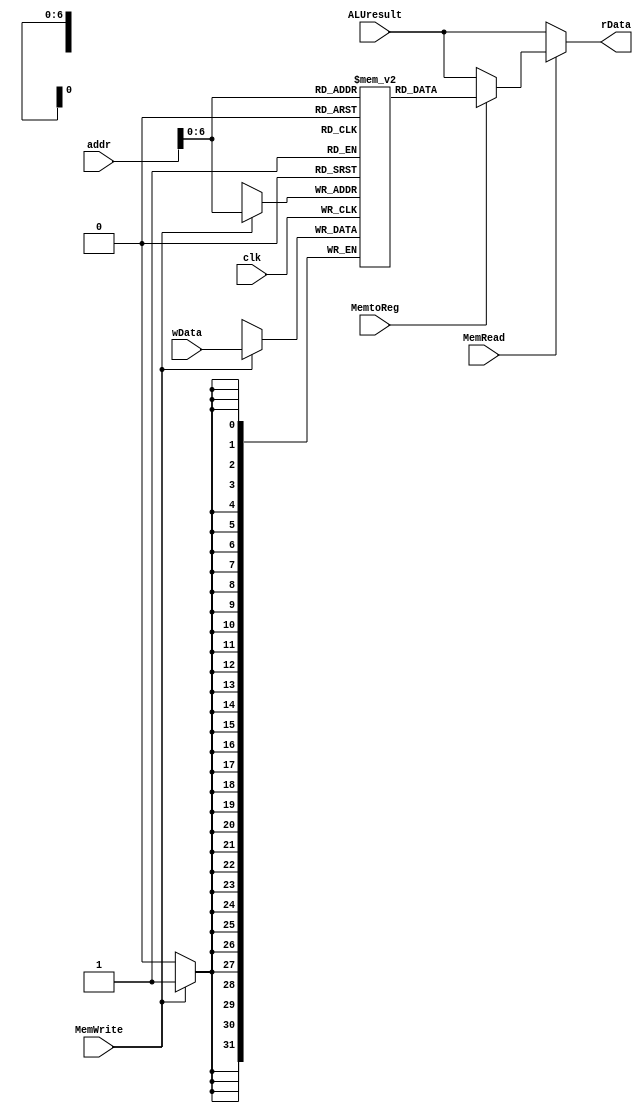
`timescale 1ns / 1ps
//////////////////////////////////////////////////////////////////////////////////
// 
// Design Name: 
// Module Name: Data_memory
// Project Name: MIPS
// Target Devices: 
// Tool Versions: 
// Description: 
// 
// Dependencies: 
// 
// Revision:
// Revision 0.01 - File Created
// Additional Comments:
// 
//////////////////////////////////////////////////////////////////////////////////


module Data_memory (
    input clk,
    input [31:0] addr,
    input [31:0] wData,
    input [31:0] ALUresult,
    input MemWrite,
    input MemRead,
    input MemtoReg,
    output reg [31:0] rData
);

  parameter SIZE_DM = 128;  // size of this memory, by default 128*32
  reg [31:0] Dmem[SIZE_DM-1:0];  // instruction memory

  // initially set default data to 0
  integer i;
  initial begin
    for (i = 0; i < SIZE_DM ; i = i + 1) begin
      Dmem[i] = 32'b0;
    end
  end

  always @(addr or MemRead or MemtoReg or ALUresult) begin
    if (MemRead == 1) begin
      if (MemtoReg == 1) begin
        rData = Dmem[addr];
      end else begin
        rData = ALUresult;  
      end
    end else begin
      rData = ALUresult;
    end
  end

  always @(posedge clk) begin  // MemWrite, wData, addr
    if (MemWrite == 1) begin
      Dmem[addr] = wData;
    end
  end

endmodule